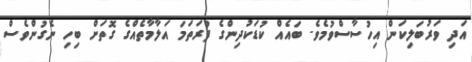
އަދި ވަރުބަލިކަން އިހުސާސްވުމެވެ. ބައެއް ކުޑަކުދިންގެ ފުރަތަމަ އަލާމާތެއްގެ ގޮތަށް ބިހި ނެގުންވެސް